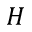
H